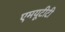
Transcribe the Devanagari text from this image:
एमयूटीटी